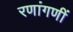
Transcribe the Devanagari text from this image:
रणांगणीं